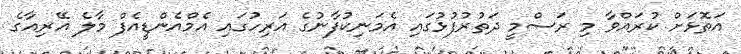
އަތޮޅަށް ކުރައްވާ މި ރަސްމީ ދަތުރުފުޅުގައި އެމަނިކުފާނުގެ އަރިހުގައި އެމްއެންޑީއެފް މާލެ އޭރިއާގެ